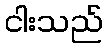
ငါးသည်